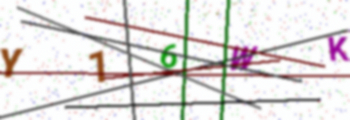
Text: Y16WK